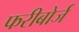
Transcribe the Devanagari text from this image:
फरीबोर्ज